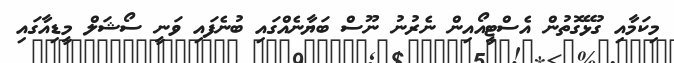
މިކަމާއި ގުޅޭގޮތުން އެސްޓީއޯއިން ނެރުނު ނޫސް ބަޔާނެއްގައި ބުނެފައި ވަނީ ސޯޝަލް މީޑިއާގައި